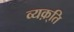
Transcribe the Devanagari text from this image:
व्यक़्ति